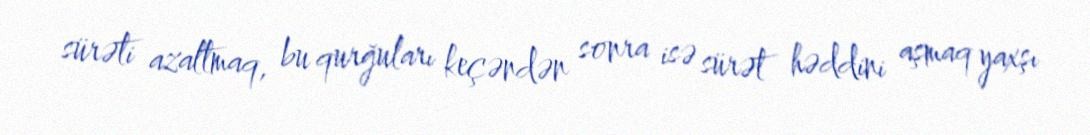
sürəti azaltmaq, bu qurğuları keçəndən sonra isə sürət həddini aşmaq yaxşı